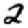
Digit: 2